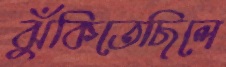
ঝুঁকিতেছিলে